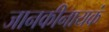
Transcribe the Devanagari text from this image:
जानकीनायकं